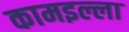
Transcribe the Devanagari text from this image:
कामइल्ला